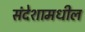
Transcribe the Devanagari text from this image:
संदेशामधील